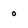
Character: 0